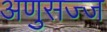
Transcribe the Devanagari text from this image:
अणुसज्ज